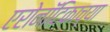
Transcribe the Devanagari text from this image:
एरोनॉटिकाच्या